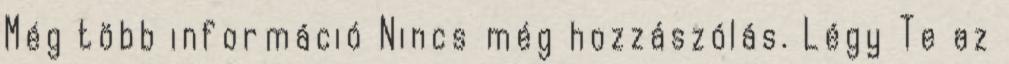
Még több információ Nincs még hozzászólás. Légy Te az